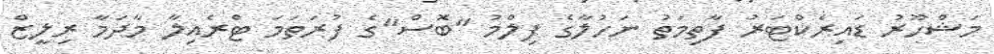
މަޝްހޫރު ޑައިރެކްޓަރު ފާތިމަތު ނަހުލާގެ ފިލްމު "ބޮސް"ގެ ފުރަތަމަ ޓްރެއިލާ މާދަމާ ރިލީޒް